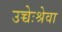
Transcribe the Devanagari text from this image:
उच्चेःश्रेवा